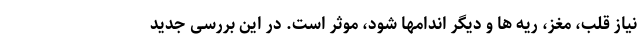
نیاز قلب، مغز، ریه ها و دیگر اندامها شود، موثر است. در این بررسی جدید